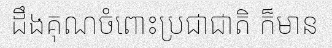
ដឹងគុណចំពោះប្រជាជាតិ ក៏មាន